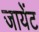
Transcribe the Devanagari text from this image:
जायेंट